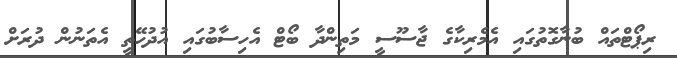
ރިޕޯޓްތައް ބުނާގޮތުގައި އެމެރިކާގެ ޖާސޫސީ މަތިންދާ ބޯޓް އެހިސާބުގައި އުދުހޭތީ އެތަނުން ދުރަށް